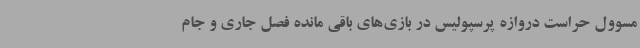
مسوول حراست دروازه پرسپولیس در بازی‌های باقی مانده فصل جاری و جام